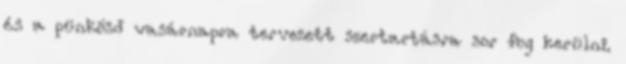
és a pünkösd vasárnapra tervezett szertartásra sor fog kerülni.